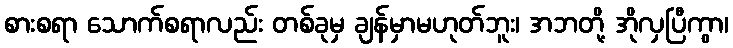
စားစရာ သောက်စရာလည်း တစ်ခုမှ ချန်မှာမဟုတ်ဘူး၊ အဘတို့ အိုလှပြီကွာ၊